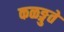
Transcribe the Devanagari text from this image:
कळङ्गुते